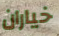
خياران